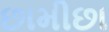
છામીછા